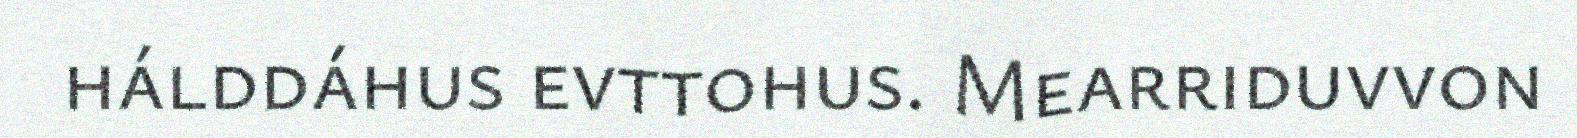
hálddáhus evttohus. Mearriduvvon